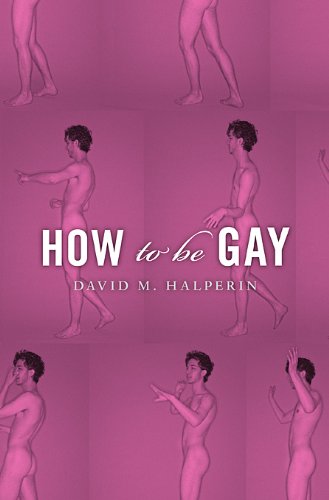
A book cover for How To Be Gay; David M. Halperin; Gay & Lesbian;